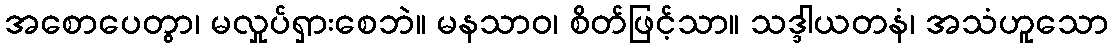
အစောပေတွာ၊ မလှုပ်ရှားစေဘဲ။ မနသာဝ၊ စိတ်ဖြင့်သာ။ သဒ္ဒါယတနံ၊ အသံဟူသော